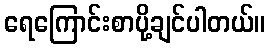
ရေကြောင်းစာပို့ချင်ပါတယ်။